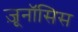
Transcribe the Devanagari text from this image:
ज़ूनॉसिस